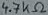
Text: 4.7KΩ